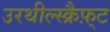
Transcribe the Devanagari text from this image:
उरथील्स्क्रैफ़्ट